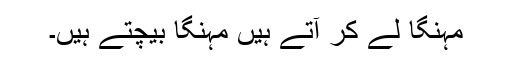
مہنگا لے کر آتے ہیں مہنگا بیچتے ہیں۔